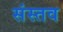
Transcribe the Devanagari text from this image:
संस्तव